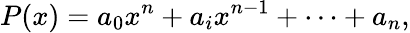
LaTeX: P(x)=a_{0}x^{n}+a_{i}x^{n-1}+\cdots+a_{n},